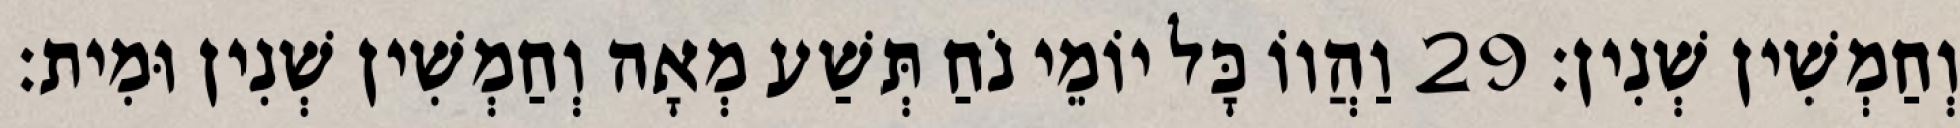
וְחַמְשִׁין שְׁנִין׃ 29 וַהֲווֹ כָּל יוֹמֵי נֹחַ תְּשַׁע מְאָה וְחַמְשִׁין שְׁנִין וּמִית׃